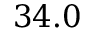
3 4 . 0